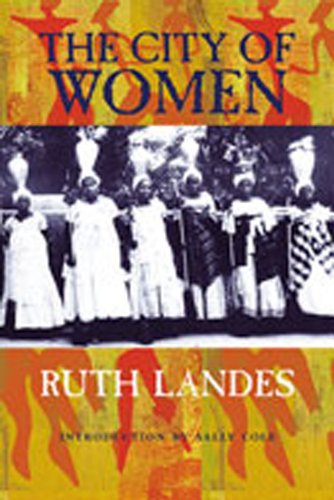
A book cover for The City of Women; Ruth Landes; Politics & Social Sciences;